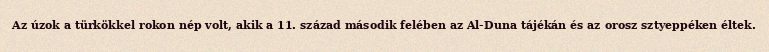
Az úzok a türkökkel rokon nép volt, akik a 11. század második felében az Al-Duna tájékán és az orosz sztyeppéken éltek.